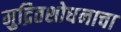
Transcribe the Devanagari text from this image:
मुद्रितशोधनाचा